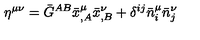
\eta ^ { \mu \nu } = \bar { G } ^ { A B } \bar { x } _ { , A } ^ { \mu } \bar { x } _ { , B } ^ { \nu } + \delta ^ { i j } \bar { n } _ { i } ^ { \mu } \bar { n } _ { j } ^ { \nu }